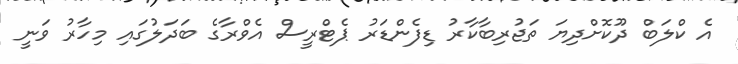
އެ ކްލަބް ދޫކޮށްދިޔަ ތަޖުރިބާކާރު ޑިފެންޑަރު ޕެޓްރީސް އެވްރާގެ ބަދަލުގައި މިހާރު ވަނީ